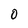
Character: O